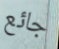
جائع